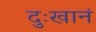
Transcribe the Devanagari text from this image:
दुःखानं